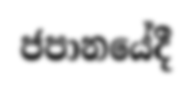
ජපානයේදී